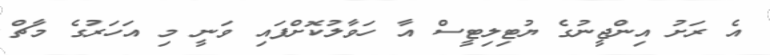
އެ ރަށު އިންޖީނުގެ ޔުޓިލިޓީސް އާ ހަވާލުކޮށްފައި ވަނީ މި އަހަރުގެ މާޗް